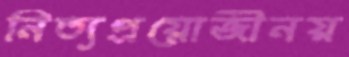
নিত্যপ্রয়োজীনয়